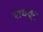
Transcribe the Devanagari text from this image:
वाचवुन